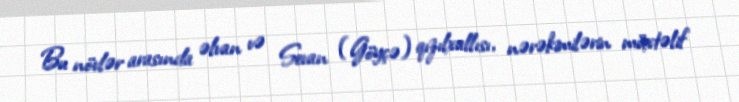
Bu növlər arasında əlvan və Sevan (Göyçə) qızılxallısı, nərəkimilərin müxtəlif